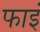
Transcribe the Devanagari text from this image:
फाइं